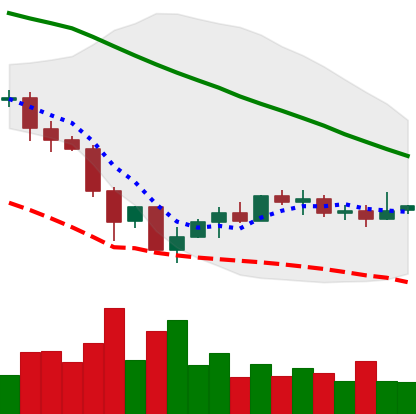
Ticker: EOS-USD
Chart end date: 2019-12-06
Forward return: -5.673%
Label: down_5_7